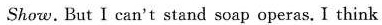
Show. But I can't stand soap operas.I think